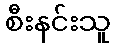
စီးနင်းသူ